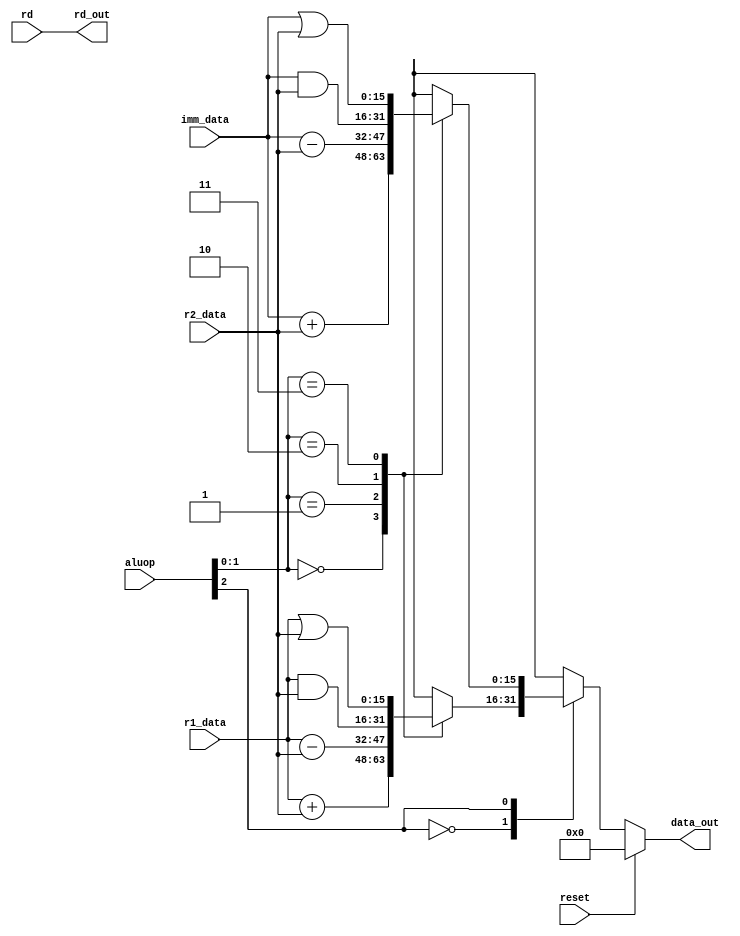
`timescale 1ns / 1ps
// Execute Unit
module execute(r1_data,r2_data,imm_data,aluop,rd,data_out,rd_out,reset);
input reset;
input [15:0] r1_data,r2_data;
input [2:0] rd,aluop,imm_data;

output reg [15:0] data_out;
output [2:0] rd_out;

// Address of Destination Register
assign rd_out = rd;

// Based on received data preform required operation
always@(*) begin
	if(reset)
		data_out <= 16'b0;
	else begin
		case(aluop[2])
		1'b0: begin
			case(aluop[1:0])
			2'b00: data_out <= r1_data + r2_data;
			2'b01: data_out <= r1_data - r2_data;
			2'b10: data_out <= r1_data & r2_data;
			2'b11: data_out <= r1_data | r2_data;
			default: data_out <= 16'b0;
			endcase
			end
		1'b1: begin
			case(aluop[1:0])
			2'b00: data_out <= {13'b0,imm_data} + r2_data;
			2'b01: data_out <= {13'b0,imm_data} - r2_data;
			2'b10: data_out <= {13'b0,imm_data} & r2_data;
			2'b11: data_out <= {13'b0,imm_data} | r2_data;
			default: data_out <= 16'b0;
			endcase
			end
		default:
			data_out <= 16'b0;
		endcase
	end
end

endmodule